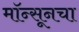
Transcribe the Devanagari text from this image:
मॉन्सूनचा